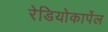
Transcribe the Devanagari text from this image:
रेडियोकार्पेल